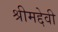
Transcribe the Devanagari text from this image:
श्रीमद्देवी